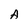
Character: A